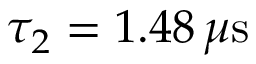
\tau _ { 2 } = 1 . 4 8 \, \mu \mathrm { s }